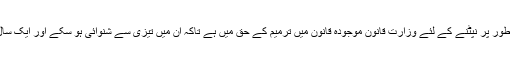
ماب لنچنگ جیسے جرم سے ترجیحی طور پر نپٹنے کے لئے وزارت قانون موجودہ قانون میں ترمیم کے حق میں ہے تاکہ ان میں تیزی سے شنوائی ہو سکے اور ایک سال کے اندر مجرموں کو سزا مل سکے۔